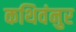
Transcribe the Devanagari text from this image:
कथिवंनुर